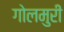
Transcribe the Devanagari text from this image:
गोलमुरी